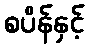
စပိန်နှင့်